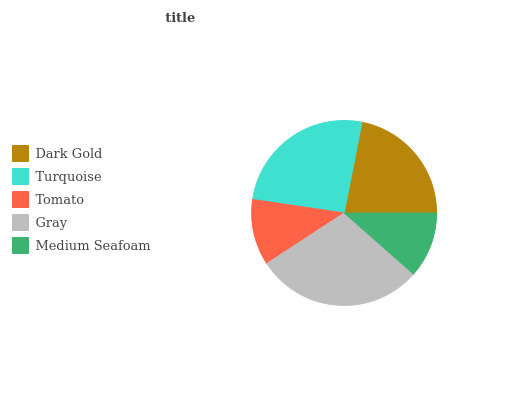
| Dark Gold | Turquoise | Tomato | Gray | Medium Seafoam |
 | --- | --- | --- | --- | --- |
 | 22% | 25.8% | 11.5% | 29.3% | 11.5% |